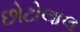
છોટોલાલ